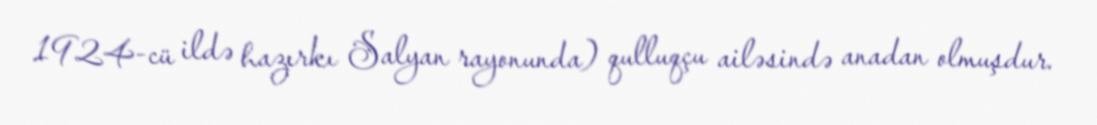
1924-cü ildə hazırkı Salyan rayonunda) qulluqçu ailəsində anadan olmuşdur.